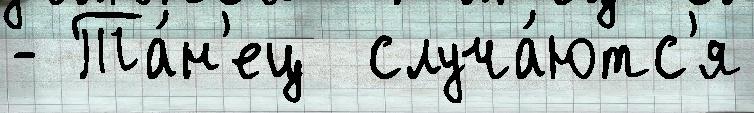
- Та́н'ец  случа́ютс'я